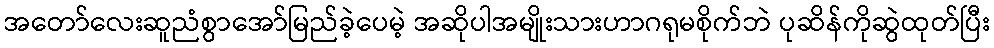
အတော်လေးဆူညံစွာအော်မြည်ခဲ့ပေမဲ့ အဆိုပါအမျိုးသားဟာဂရုမစိုက်ဘဲ ပုဆိန်ကိုဆွဲထုတ်ပြီး